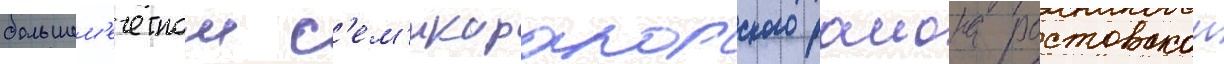
большем'ечетном с'ем'икаракорского раиона ростовскои